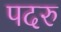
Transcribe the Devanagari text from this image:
पदरु